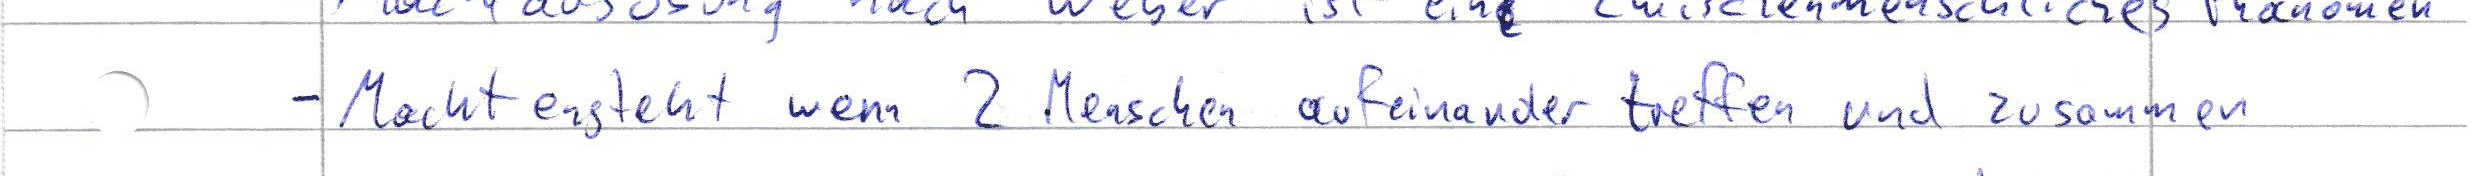
- Macht ensteht wenn 2 Menschen aufeinander treffen und zusammen